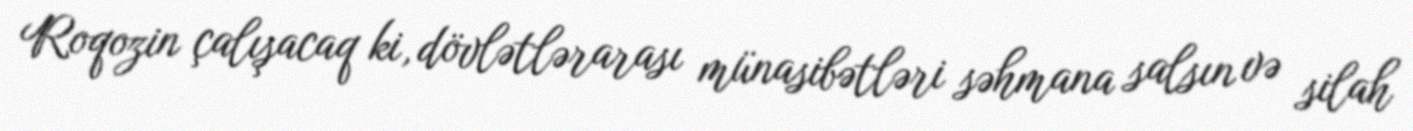
Roqozin çalışacaq ki, dövlətlərarası münasibətləri səhmana salsın və silah